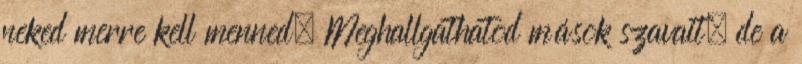
neked merre kell menned. Meghallgathatod mások szavait, de a